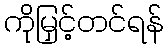
ကိုမြှင့်တင်ရန်